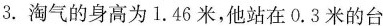
3. 淘气的身高为1.46米，他站在0.3米的台